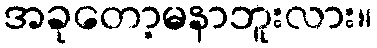
အခုတော့မနာဘူးလား။